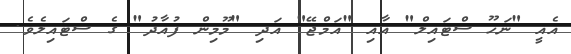
އެއީ "ނަހޫ ސްޓައިލް" އާއި "އަމްޖޭ" އަދި "މޫމިން ފުއާދު" ގެ ސްޓައިލެވެ.